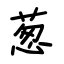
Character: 葱